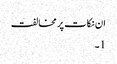
ان نکات پر مخالفت
1۔